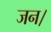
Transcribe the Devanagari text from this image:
जन।